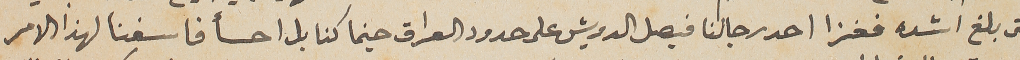
حتى بلغ اشده فغزا احد رجالنا فيصل الدويش على حدود العراق حينما كنا بل احسأ فاسفنا لهذا الامر